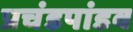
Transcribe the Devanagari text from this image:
प्रचंडपांडव